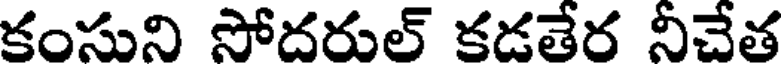
కంసుని సోదరుల్ కడతేర నీచేత